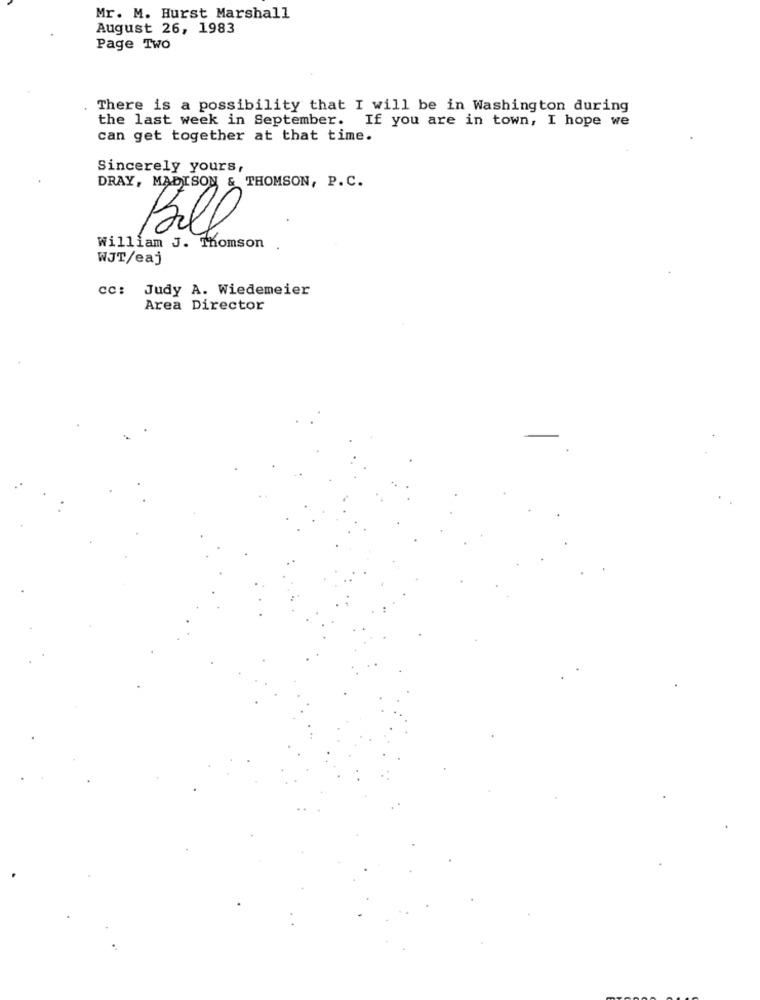
Mr. M. Burst Marshall
August 26, 1983
Page Two
There is a possibility that I will be in Washington during
the last week in September. If you are in town, I hope we
can get together at that time.
Sincerely yours,
DRAY, MADISON & THOMSON, P. C.
William J. Thomson
Bill
WJT/eaj
cc: Judy A. Wiedemeier
Area Director